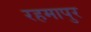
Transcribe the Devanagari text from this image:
रहमापुर